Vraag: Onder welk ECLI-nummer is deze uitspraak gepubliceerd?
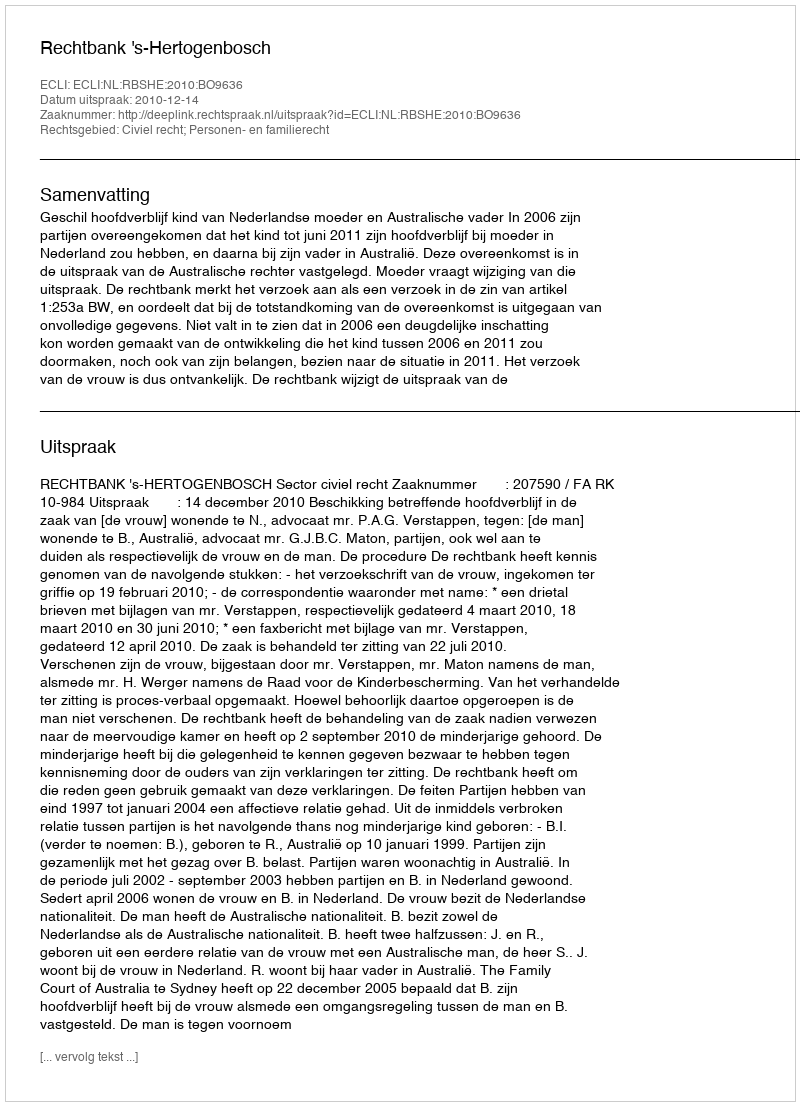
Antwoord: ECLI:NL:RBSHE:2010:BO9636